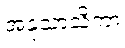
အနုသာသိကာ